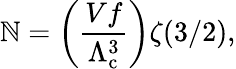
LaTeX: \mathbb{N}=\left({\frac{{Vf}}{{\Lambda_{\mathrm{{{c}}}}^{3}}}}\right)\zeta(3/2),